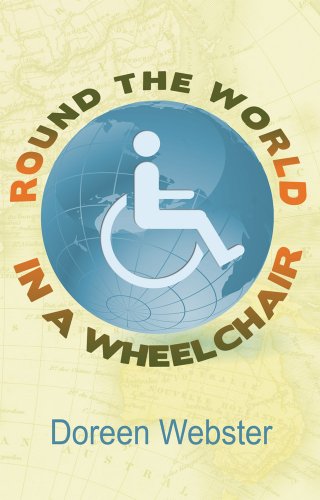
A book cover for Round The World In a Wheelchair; Doreen Webster; Travel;